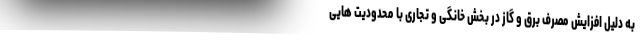
به دلیل افزایش مصرف برق و گاز در بخش خانگی و تجاری با محدودیت هایی